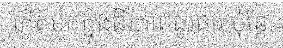
កើតមកក្នុងជីវភាពធូរធារ ប៉ុន្តែ